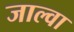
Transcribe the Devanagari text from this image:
जाल्वा